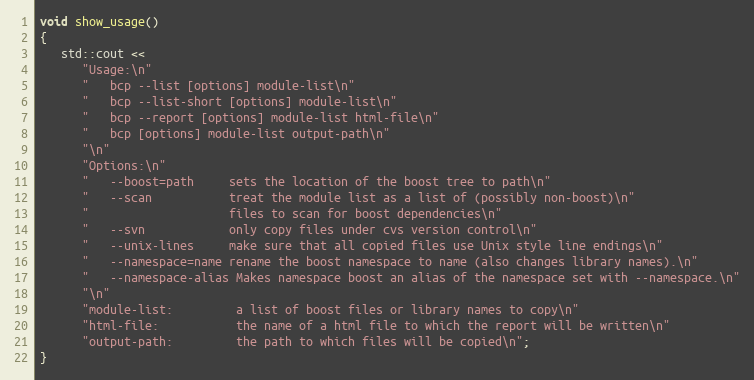
Language: C++
void show_usage()
{
   std::cout <<
      "Usage:\n"
      "   bcp --list [options] module-list\n"
      "   bcp --list-short [options] module-list\n"
      "   bcp --report [options] module-list html-file\n"
      "   bcp [options] module-list output-path\n"
      "\n"
      "Options:\n"
      "   --boost=path     sets the location of the boost tree to path\n"
      "   --scan           treat the module list as a list of (possibly non-boost)\n"
      "                    files to scan for boost dependencies\n"
      "   --svn            only copy files under cvs version control\n"
      "   --unix-lines     make sure that all copied files use Unix style line endings\n"
      "   --namespace=name rename the boost namespace to name (also changes library names).\n"
      "   --namespace-alias Makes namespace boost an alias of the namespace set with --namespace.\n"
      "\n"
      "module-list:         a list of boost files or library names to copy\n"
      "html-file:           the name of a html file to which the report will be written\n"
      "output-path:         the path to which files will be copied\n";
}